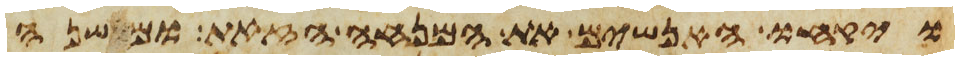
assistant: ויקחו האנשים את המנחה הזאת ומשנה